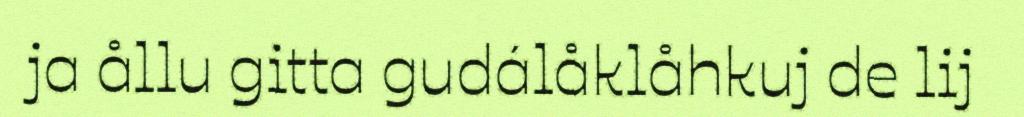
ja ållu gitta gudálåklåhkuj de lij